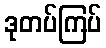
ဒုတပ်ကြပ်